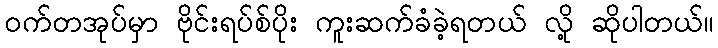
ဝက်တအုပ်မှာ ဗိုင်းရပ်စ်ပိုး ကူးဆက်ခံခဲ့ရတယ် လို့ ဆိုပါတယ်။